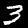
Digit: 3